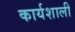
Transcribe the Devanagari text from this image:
कार्यशाली